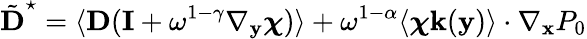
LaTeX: \tilde{\textbf{D}}^{\star}=\langle\textbf{D}(\mathbf I+\omega^{1-\gamma}\nabla_{\mathbf y}\boldsymbol{\chi})\rangle+\omega^{1-\alpha}\langle\boldsymbol{\chi}\mathbf k(\mathbf y)\rangle\cdot\nabla_{\mathbf x}P_{0}